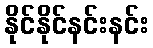
နိုင်နိုင်နင်းနင်း